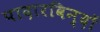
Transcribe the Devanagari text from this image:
पादारविन्दों